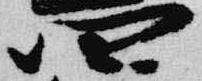
四